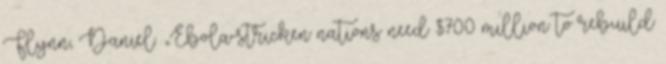
Flynn, Daniel. „Ebola-stricken nations need $700 million to rebuild